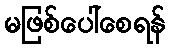
မဖြစ်ပေါ်စေရန်